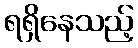
ရရှိနေသည့်